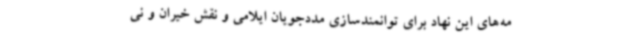
مه‌های این نهاد برای توانمندسازی مددجویان ایلامی و نقش خیران و نی